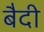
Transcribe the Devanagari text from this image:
बैदी